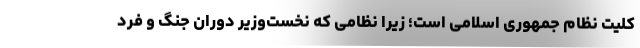
کلیت نظام جمهوری اسلامی است؛ زیرا نظامی که نخست‌وزیر دوران جنگ و فردِ